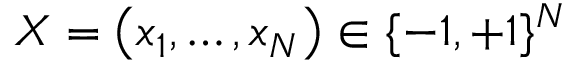
X = \left( x _ { 1 } , \ldots , x _ { N } \right) \in \{ - 1 , + 1 \} ^ { N }